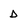
Character: D